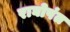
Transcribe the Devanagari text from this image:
राघोपंत